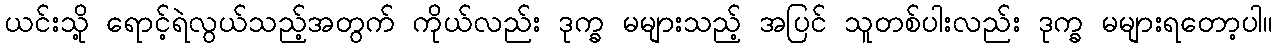
ယင်းသို့ ရောင့်ရဲလွယ်သည့်အတွက် ကိုယ်လည်း ဒုက္ခ မများသည့် အပြင် သူတစ်ပါးလည်း ဒုက္ခ မများရတော့ပါ။